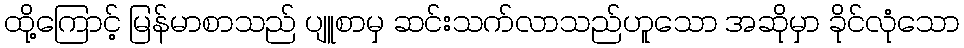
ထို့ကြောင့် မြန်မာစာသည် ပျူစာမှ ဆင်းသက်လာသည်ဟူသော အဆိုမှာ ခိုင်လုံသော